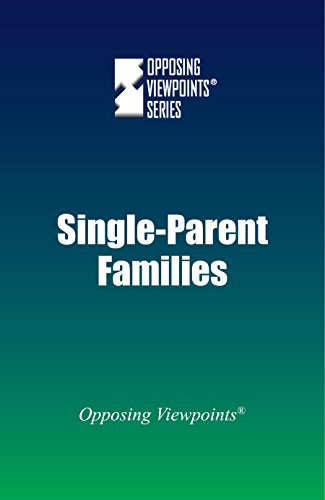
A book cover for Single-Parent Families (Opposing Viewpoints); Greenhaven Press; Teen & Young Adult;